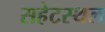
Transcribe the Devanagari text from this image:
सहेटस्थल